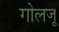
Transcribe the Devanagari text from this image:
गोलजू